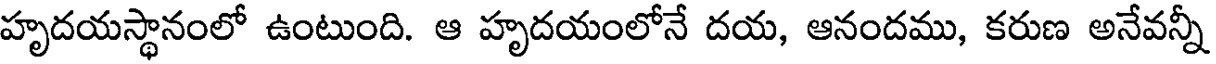
హృదయస్థానంలో ఉంటుంది. ఆ హృదయంలోనే దయ, ఆనందము, కరుణ అనేవన్నీ